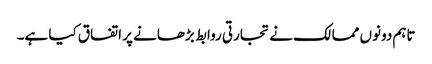
تاہم دونوں ممالک نے تجارتی روابط بڑھانے پر اتفاق کیا ہے۔